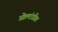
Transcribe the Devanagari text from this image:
ओलांडीत